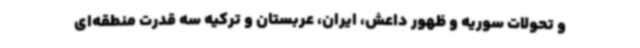
و تحولات سوریه و ظهور داعش، ایران، عربستان و ترکیه سه قدرت منطقه‌ای